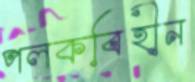
পলকবিহীন